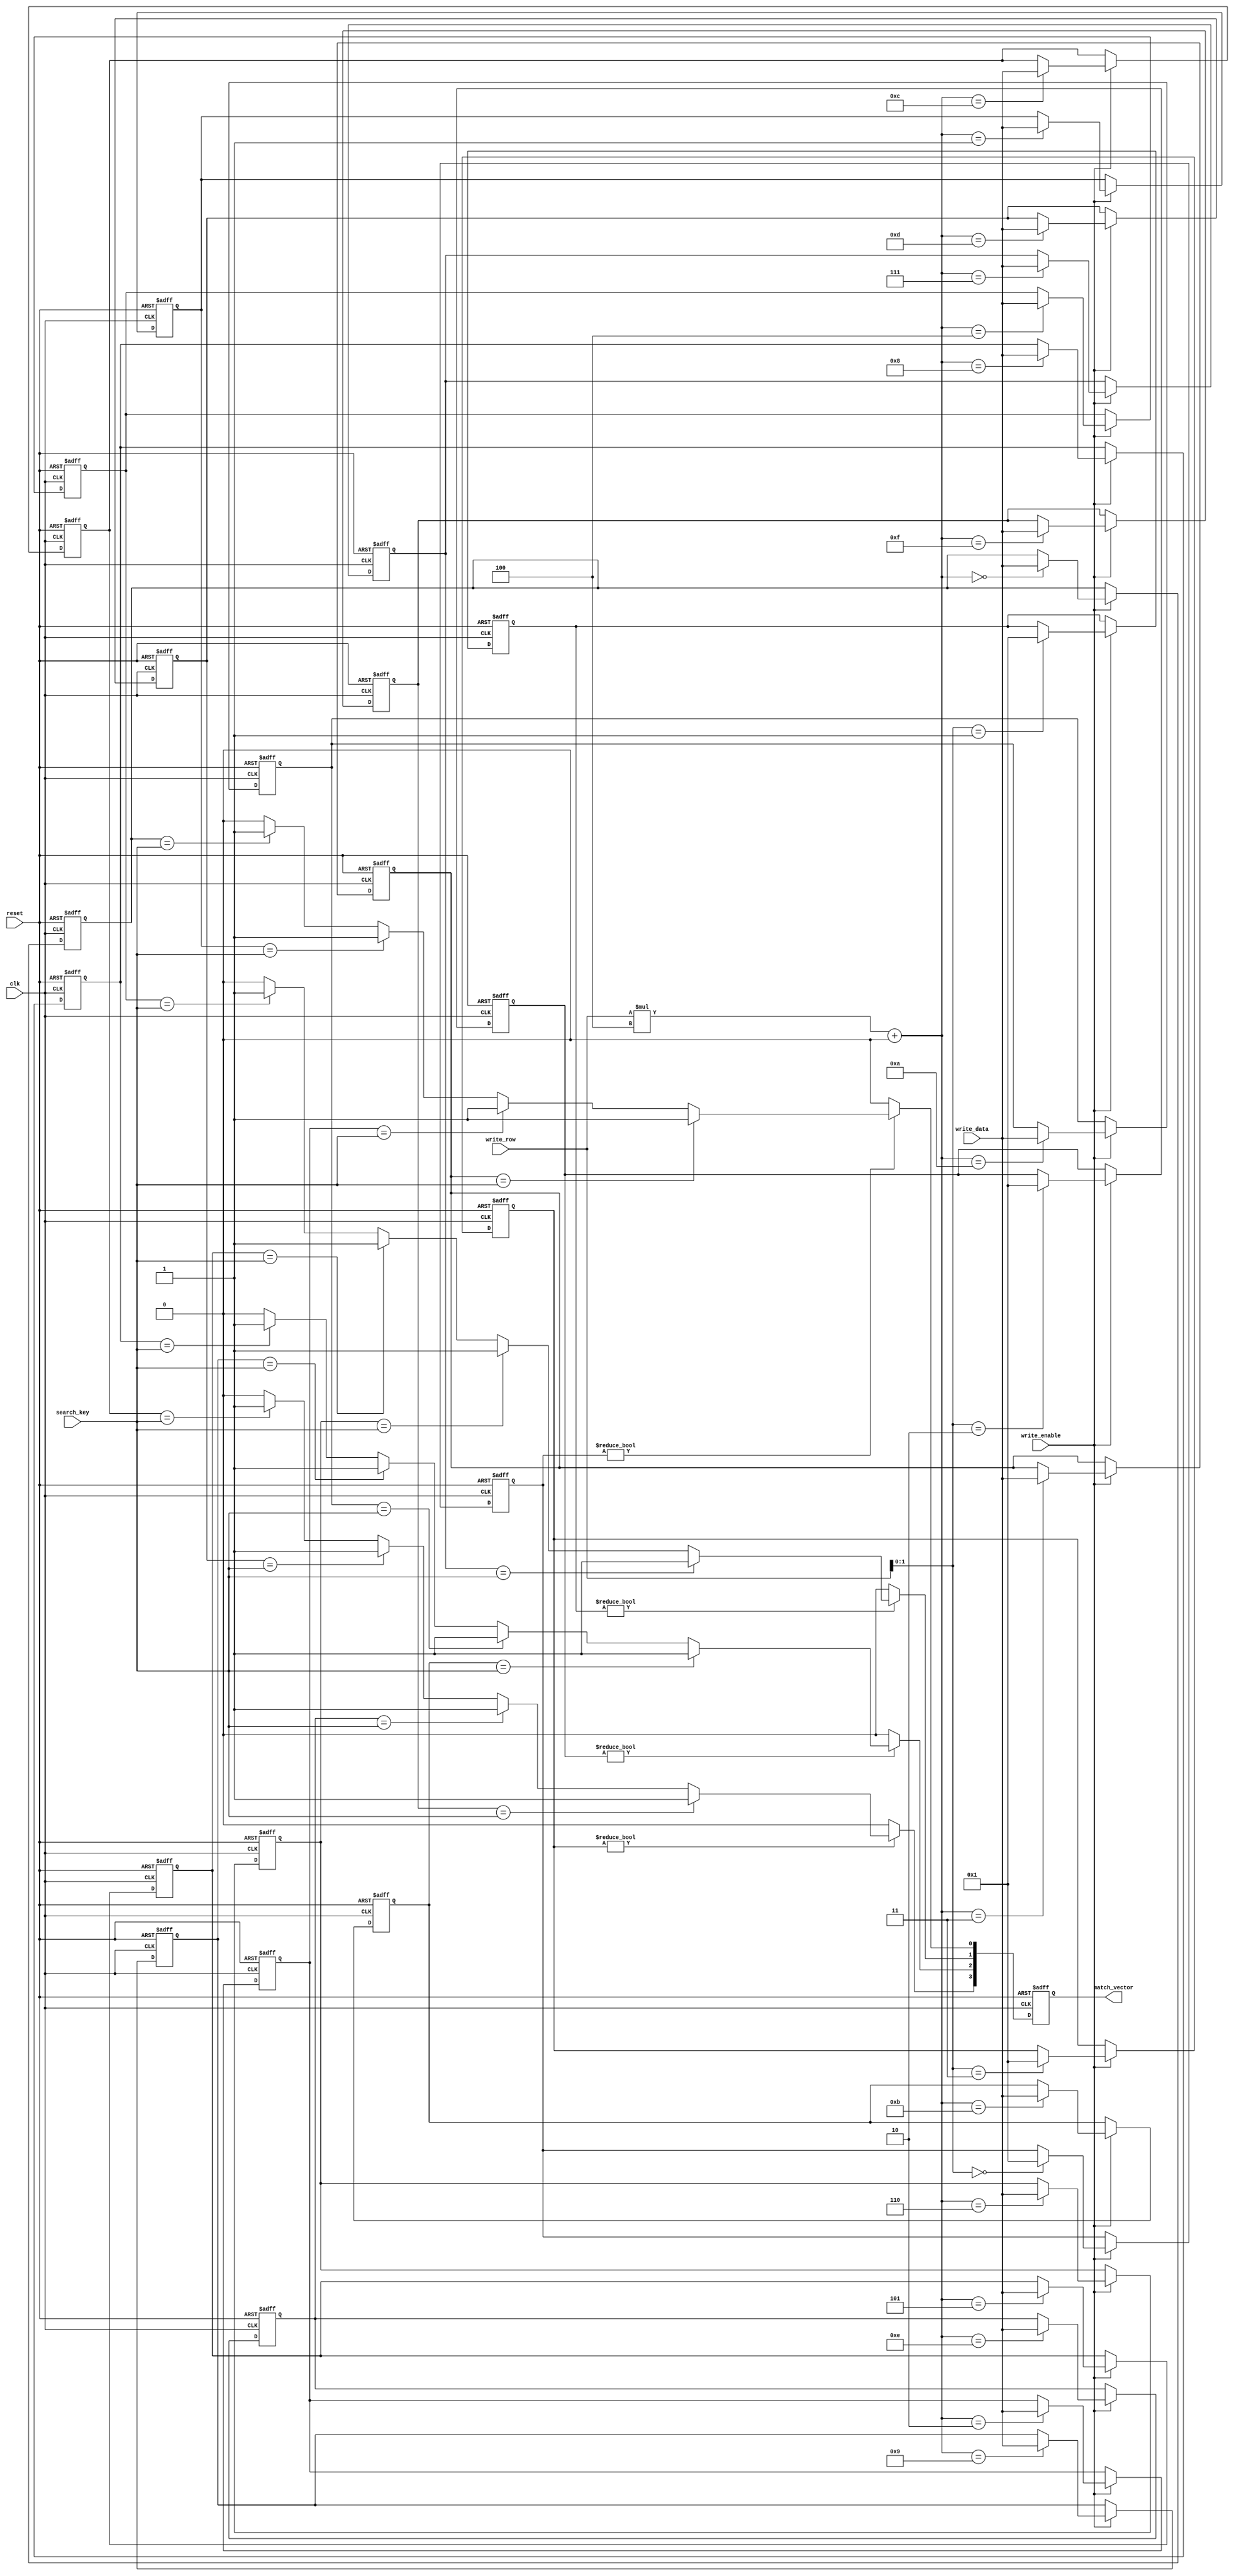
module row_based_cam #(
    parameter DATA_WIDTH = 8,     // Width of each data entry
    parameter NUM_ROWS = 4,        // Number of rows in the CAM
    parameter ENTRIES_PER_ROW = 4  // Number of entries per row
)(
    input wire clk,
    input wire reset,
    input wire [DATA_WIDTH-1:0] search_key,
    input wire write_enable,
    input wire [DATA_WIDTH-1:0] write_data,
    input wire [NUM_ROWS-1:0] write_row,
    output reg [NUM_ROWS-1:0] match_vector
);

    // Memory structure: 2D array for rows and entries
    reg [DATA_WIDTH-1:0] cam_memory [0:NUM_ROWS-1][0:ENTRIES_PER_ROW-1];
    reg [NUM_ROWS-1:0] valid_flags [0:NUM_ROWS-1]; // Validity flags for each row

    integer i, j;

    // Reset and initialization logic
    always @(posedge clk or posedge reset) begin
        if (reset) begin
            // Clear memory and validity flags
            for (i = 0; i < NUM_ROWS; i = i + 1) begin
                for (j = 0; j < ENTRIES_PER_ROW; j = j + 1) begin
                    cam_memory[i][j] <= {DATA_WIDTH{1'b0}};
                end
                valid_flags[i] <= 1'b0; // Reset validity flags
            end
            match_vector <= {NUM_ROWS{1'b0}}; // Clear match vector
        end else begin
            // Write logic
            if (write_enable) begin
                cam_memory[write_row][0] <= write_data; // Write data to specified row
                valid_flags[write_row] <= 1'b1; // Mark row as valid
            end

            // Search logic
            match_vector <= {NUM_ROWS{1'b0}}; // Clear match vector
            for (i = 0; i < NUM_ROWS; i = i + 1) begin
                if (valid_flags[i]) begin // Only search valid rows
                    for (j = 0; j < ENTRIES_PER_ROW; j = j + 1) begin
                        if (cam_memory[i][j] == search_key) begin
                            match_vector[i] <= 1'b1; // Set match signal for the row
                        end
                    end
                end
            end
        end
    end

endmodule